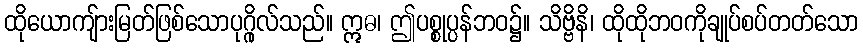
ထိုယောကျ်ားမြတ်ဖြစ်သောပုဂ္ဂိုလ်သည်။ ဣဓ၊ ဤပစ္စုပ္ပန်ဘဝ၌။ သိဗ္ဗိနိ၊ ထိုထိုဘဝကိုချုပ်စပ်တတ်သော